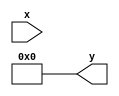
module asinh (
    input  wire signed [15:0] x,  // 16-bit signed fixed-point input
    output reg  signed [15:0] y   // 16-bit signed fixed-point output
);

// Internal signals
wire signed [31:0] x_squared;         // x^2
wire signed [31:0] sqrt_term;         // sqrt(x^2 + 1)
wire signed [31:0] log_input;         // x + sqrt(x^2 + 1)

// Compute x^2
assign x_squared = x * x;

// Compute sqrt(x^2 + 1)
assign sqrt_term = sqrt(x_squared + 32'd1); // Placeholder for square root function

// Compute x + sqrt(x^2 + 1)
assign log_input = x + sqrt_term;

// Compute ln(x + sqrt(x^2 + 1))
always @(*) begin
    if (log_input > 0) begin
        y = ln(log_input); // Placeholder for logarithm function
    end else begin
        y = 16'sb0; // Handle edge case (logarithm of non-positive number)
    end
end

// Placeholder function for square root (to be implemented)
function [31:0] sqrt(input [31:0] value);
    begin
        // Implement square root calculation (e.g., Newton-Raphson or CORDIC)
        sqrt = 32'd0; // Replace with actual square root logic
    end
endfunction

// Placeholder function for natural logarithm (to be implemented)
function [31:0] ln(input [31:0] value);
    begin
        // Implement logarithm calculation (e.g., Taylor series or lookup table)
        ln = 32'd0; // Replace with actual logarithm logic
    end
endfunction

endmodule